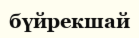
бүйрекшай